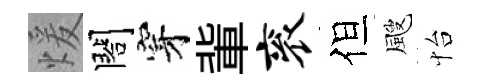
煖閤穿軰衮但颼怡